Leaving Certificate Examination (including Day School Certificate (Higher) General paper), 1929
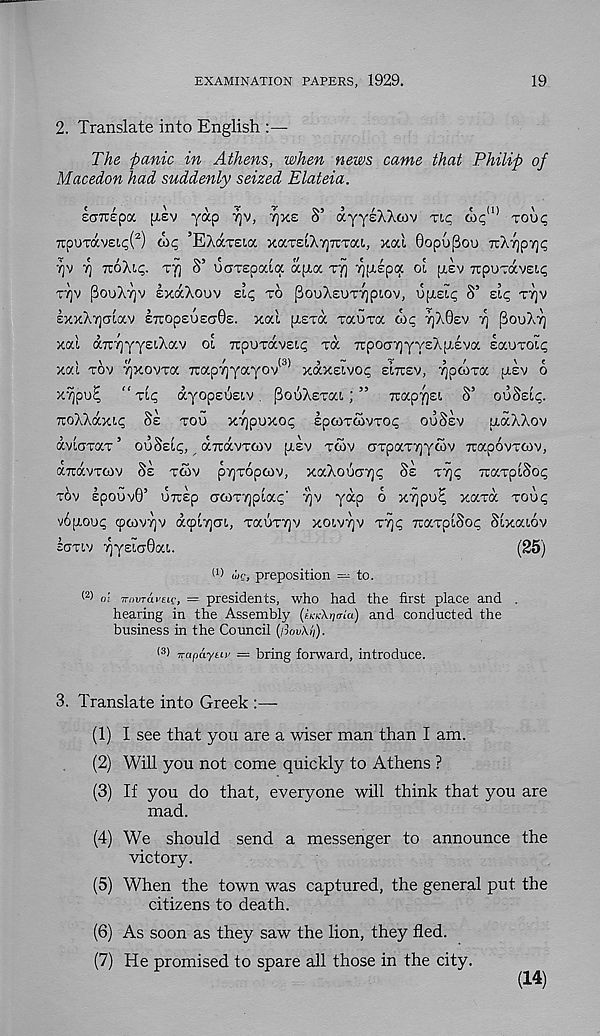
EXAMINATION PAPERS, 1929.
19
2. Translate into English :—
The panic in Athens, when news came that Philip of
Macedon had suddenly seized Elateia.
laTcepoc fxev yap TJV, TJXE S’ ayysAXcov TIC OI<; <1) TOU<;
7TpuT<xv£t,<;( 2 ) oic, ’EXaTeia xaT£iA7]7rTa!., xal Gopupou TvXrjprjc;
•/]v rj noXit;. Tjj S’ uciTEpaia apia. TYJ ^ptEpcy oi (IEV xpuTavEii;
T7)V PouAvjV EXaXouV £l<; TO PouXsUTTjptOV, Ugst^ S’ Eli; T7]V
ExxX7](7Lav ETTopsuscrGs. xal [XETa TauTa ois; T^AGEV rj fiovAY]
xal a7r7]yyEi.Aav ol TrpOTavEii; TO. 7rpoCT7]yyEXp.Eva EauTol(g
xai TOV TjxovTa Tuap^yocyov
xaxeivo^ eircev, ^pcoxa (jiev o
xvjpu^ "TII; ayopsuELv. [3oSA£Tat,; ” Trapyjs!, S’ OUSEI^.
rcoAAaxK SE TOU x7)puxo<; spcoToivTO!; ouSsv
naXAov
avioTaT ’ OUSELC;, aTravTOiv pisv TCOV aTpaTTjywv xapovTCOv,
axdvTfov SE TCOV pyjToptov, xaAouc77]<; Ss TYJI; xaTpiSo^
TOV spouvG’ OTtsp (7COT7)pla<;'
yap 6 xTjpu^ xaTix TOUC;
vSgou^ q>cov7]v dqjiyjai., TauTTjv xoivyjv T^ TuaTplSo^ Slxaiov
ECTTLV -jlyEicrOai.
(25)
(') wc, preposition = to.
(2) oi rnwravcic, = presidents, who had the first place and .
hearing in the Assembly (AxXijo-i'a) and conducted the
business in the Council (/ioiAii).
(3) irafiayuv = bring forward, introduce.
3. Translate into Greek :—
(1) I see that you are a wiser man than I am.
(2) Will you not come quickly to Athens ?
(3) If you do that, everyone will think that you are
mad.
(4) We should send a messenger to announce the
victory.
(5) When the town was captured, the general put the
citizens to death.
(6) As soon as they saw the lion, they fled.
(7) He promised to spare all those in the city.
(14)